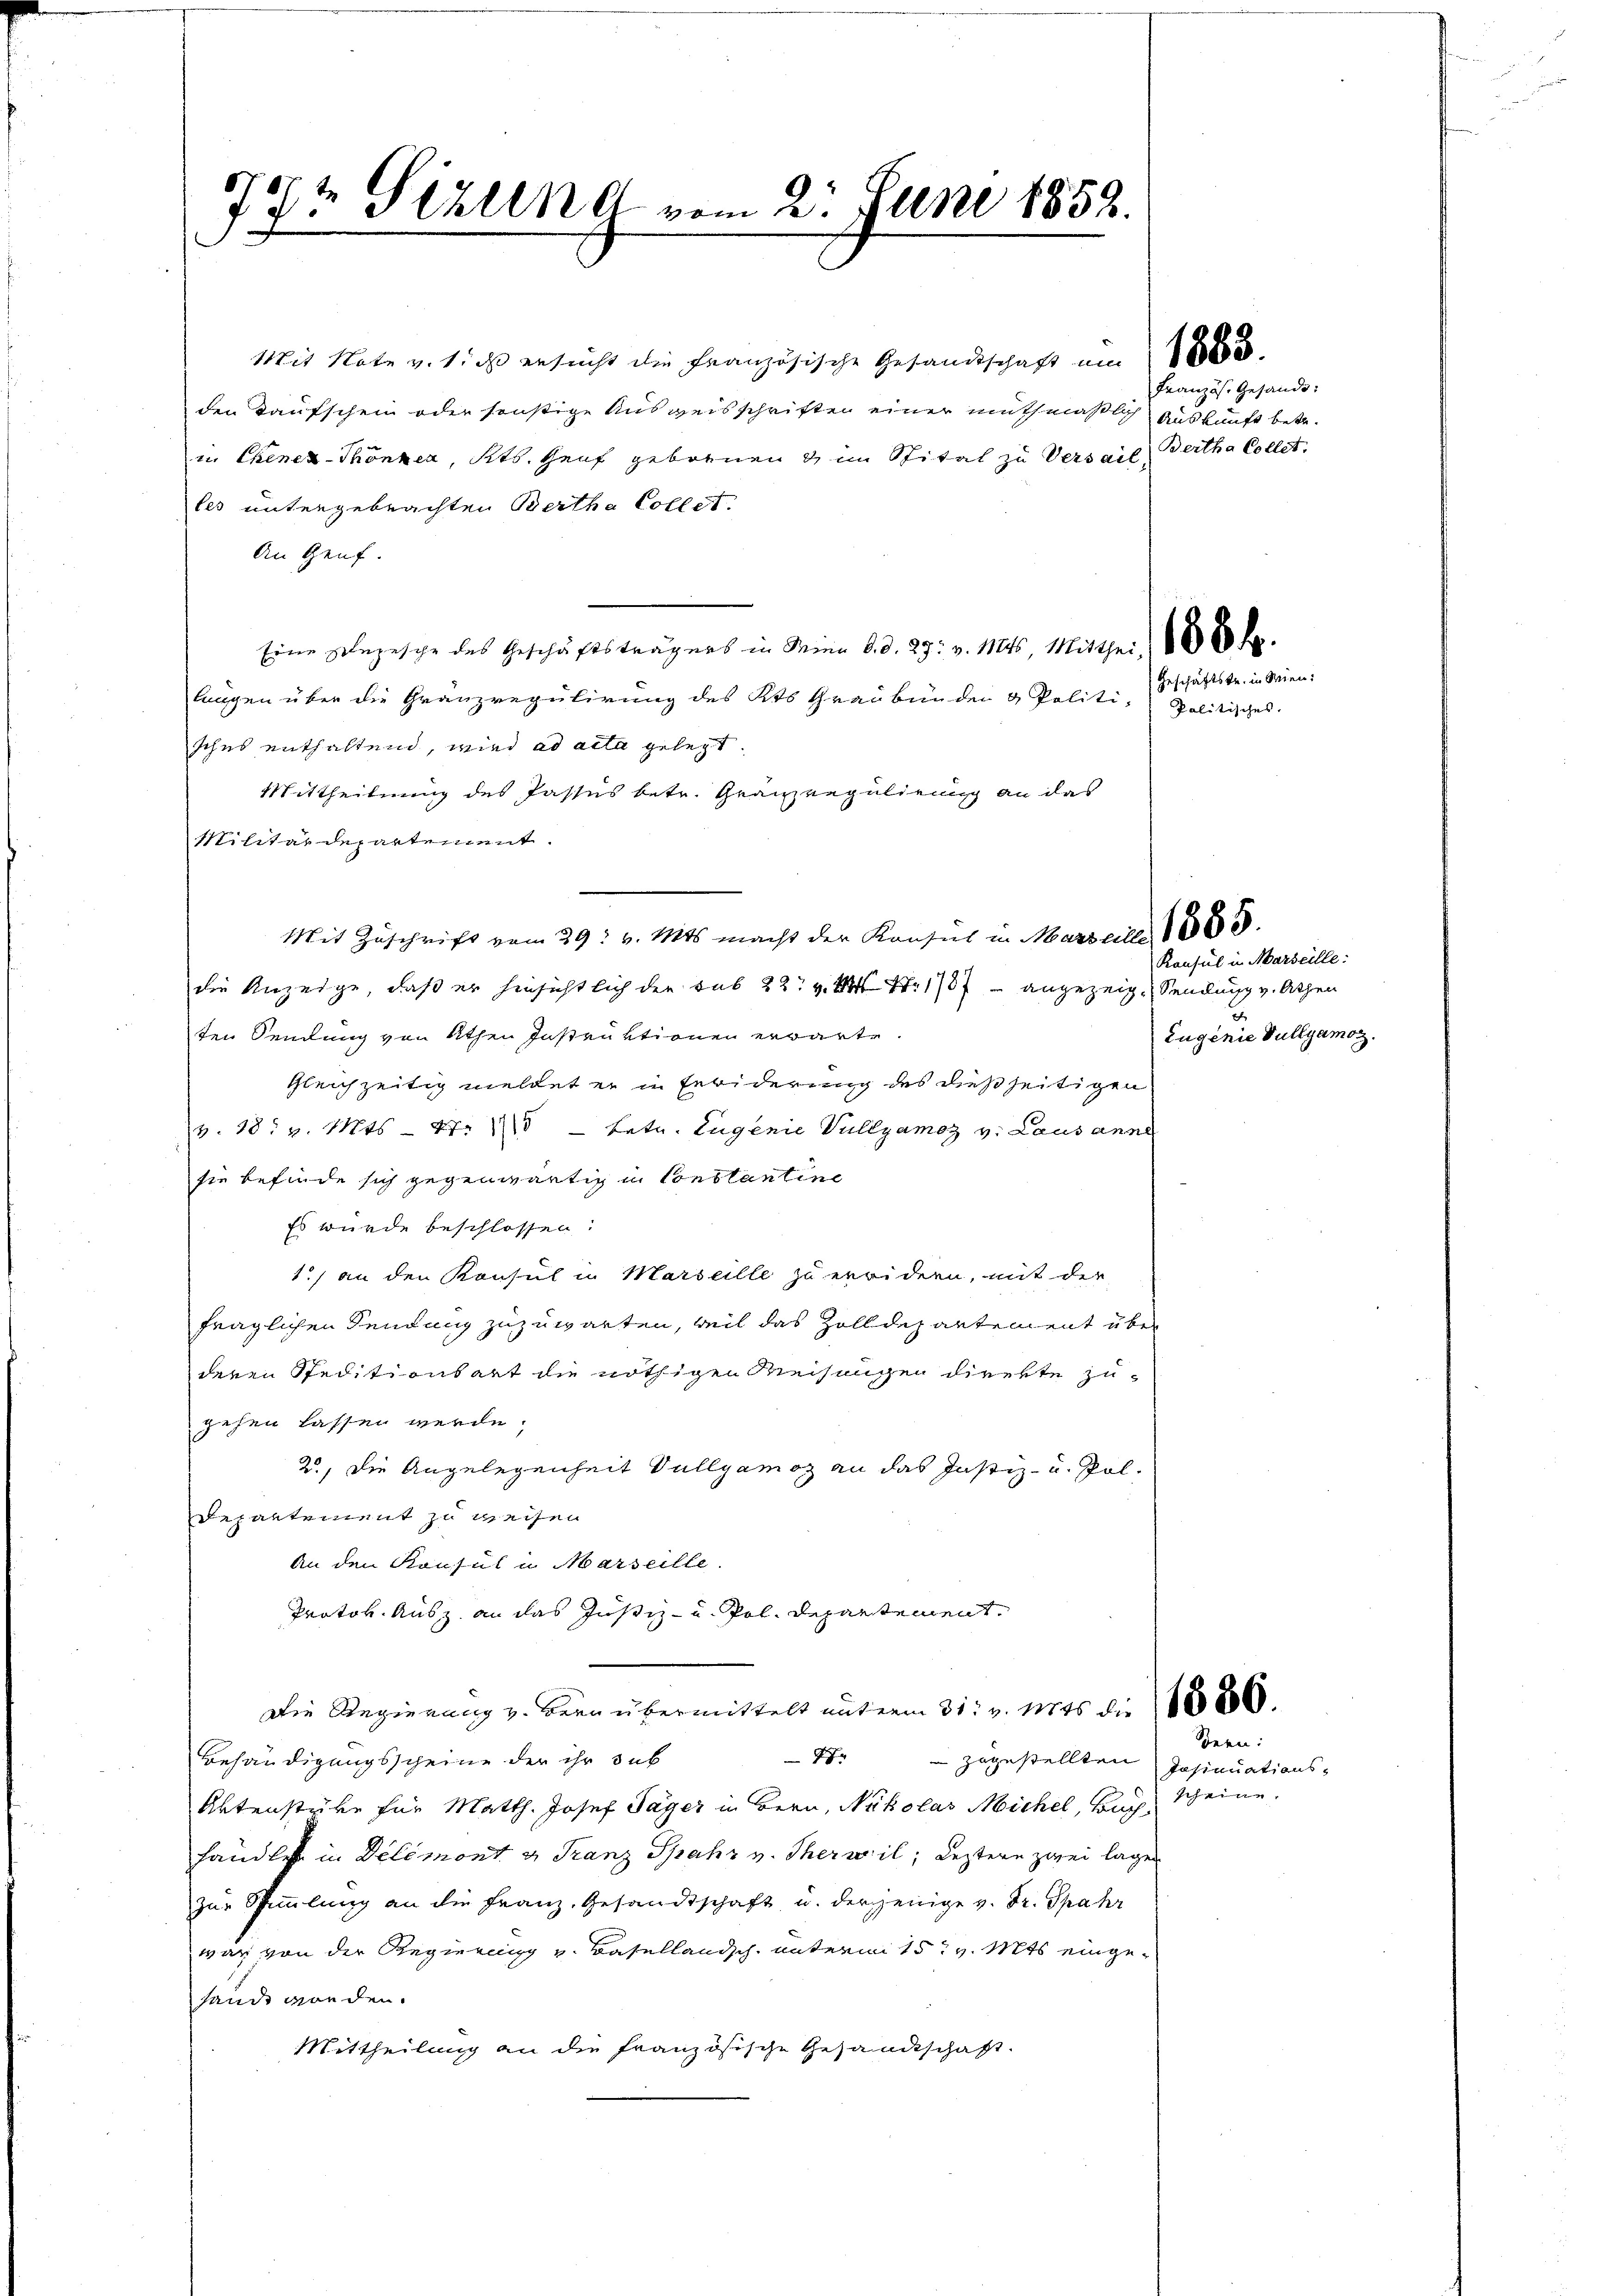
8
17t Sizung vom 2. Juni 1852.

Mit Note v. 1. ds ersucht die Französische Gesandtschaft um de
den Kaufschein oder sonstige Ausweisschriften einer muthmaßlich Auskunft betr.
in Chener-Thönnen, Kts. Genf gebornen & im Spital zu Versail, Bertha Collet.
les untergebrachten Bertha Collet.
An Genf.
Eine Depesche des Geschäftsträgers in Seine 6. d. 27. v. Mts. Mittheil 1860 d
lungen über die Granzregulirung des Kts Graubünden & Politi- Politisches
sches enthaltend, wird ad acta gelegt.
Mittheilung des Passus betr. Granz regulirung an das
Militärdepartement.
Mit Zuschrift vom 29. v. Mts. macht der Konsul in Marseiler 1805.
die Anzeige, daß er hinsichtlich der Sub 22. v. M Nr. 1787 angezeige Sendung v. Athen
ten Sendung von Athen Instruktionen erwarte.
gleichzeitig meldet er in Febiderung des dießseitigen
v. 18. v. Mts. — N: 15 - betr. Eugenie Vullyamoz v. Lausanne
sie befinde sich gegenwärtig in Conslantine
Es wurde beschlossen:
1.) an den Konsul in Marseille zu erwidern, mit der
fraglichen Sendung zuzuwarten, weil das Zolldepartement über
deren Speditionsart die nöthigen Weisungen direkte zuzehen lassen werde,
20, die Angelegenheit Vollgamoz an das Justiz- u. Pol¬
Departement zu weisen.
An den Konsul u Marseille.
Protok. Ausz an das Justiz- u. Pol. Departement
Die Regierung v. Bern übermittelt unterm 31. v. 1845 die (1886.
xx
Behändigungsscheine der ihr sub
 zugestellten Insinuations-
Aktenstüke für Matth. Josef Tager in Bern, Nikolas Michel, Buch scheine
händle in Delémont u Franz Spahr v. Therwil; Leztern zwei lagen
zur Stammlung an die Franz. Gesandtschaft u. derjenige v. Dr. Spahr
war von der Regierung v. Basellandsch. unterm 15t v. Mts. eingesandt worden.
Mittheilung an die französische Gesandtschaft.

Französ. Gesandt:

Geschäftstr. in Wien.

Konsul in Marseille:
Eugenie Nullyamoz.

Bern: